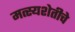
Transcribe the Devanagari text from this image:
मत्स्यशेतीचे